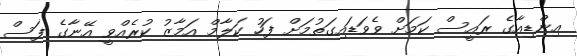
އިންޑިއާގެ ރައީސް ކަމަށް ވެވަޑައިގަތުމަށް ފަހު ކަލާމް އަމާޒު ކުރެއްވީ އޭނާގެ ފަސް